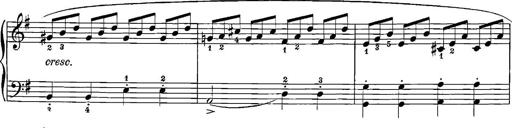
Title: 12 Sonatinas
Composer: Ignaz Pleyel